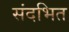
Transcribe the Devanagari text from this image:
संदभित